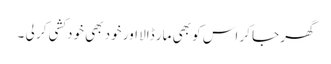
گھر جا کر اس کو بھی مار ڈالا اور خود بھی خودکشی کر لی ۔